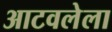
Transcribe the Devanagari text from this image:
आटवलेला